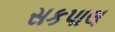
સકપાલ